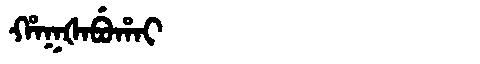
Manchu: ᡥᠠᡴᡧᠠᠪᡠᡥᠠᡳ
Romanization: HAKŠABUHAI